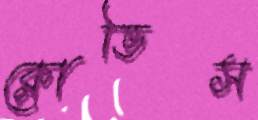
ক্লোভিস